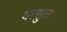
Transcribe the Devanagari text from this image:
यत्सुतः